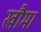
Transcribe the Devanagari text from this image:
खौमा